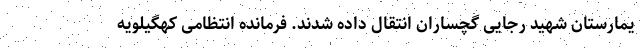
یمارستان شهید رجایی گچساران انتقال داده شدند. فرمانده انتظامی کهگیلویه